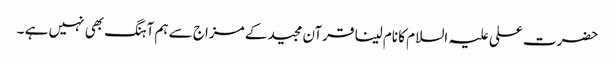
حضرت علی علیہ السلام کا نام لینا قرآن مجید کے مزاج سے ہم آہنگ بھی نہیں ہے ۔